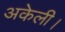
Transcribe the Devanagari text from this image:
अकेली।